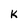
Character: K